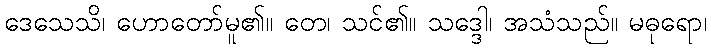
ဒေသေသိ၊ ဟောတော်မူ၏။ တေ၊ သင်၏။ သဒ္ဒေါ၊ အသံသည်။ မဓုရော၊